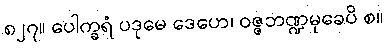
၈၂၇။ ပေါက္ခရံ ပဒုမေ ဒေဟေ၊ ဝဇ္ဇဘဏ္ဍမုခေပိ စ။